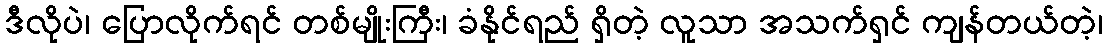
ဒီလိုပဲ၊ ပြောလိုက်ရင် တစ်မျိုးကြီး၊ ခံနိုင်ရည် ရှိတဲ့ လူသာ အသက်ရှင် ကျန်တယ်တဲ့၊